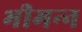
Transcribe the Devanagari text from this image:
भीमन्‍न